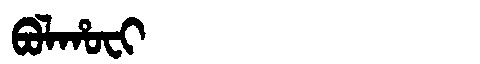
Manchu: ᠪᠣᠯᡥᠣᠸᡳ
Romanization: BOLHOFI